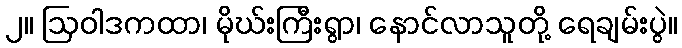
၂။ ဩဝါဒကထာ၊ မိုဃ်းကြီးရွာ၊ နောင်လာသူတို့ ရေချမ်းပွဲ။